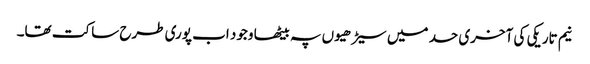
نیم تاریکی کی آخری حد میں سیڑھیوں پہ بیٹھا وجود اب پوری طرح ساکت تھا۔